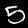
Digit: 5